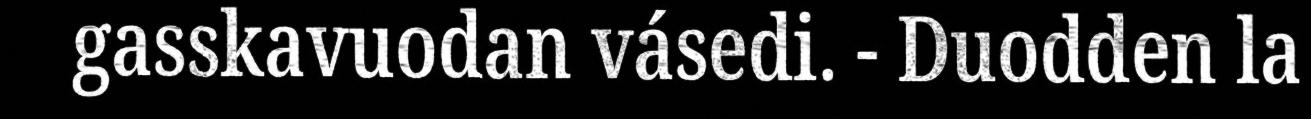
gasskavuodan vásedi. - Duodden la